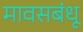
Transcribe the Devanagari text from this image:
मावसबंधू